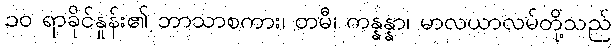
၁၀ ရာခိုင်နှုန်း၏ ဘာသာစကား၊ တမီ၊ ကန္နန္နာ၊ မာလယာလမ်တို့သည်